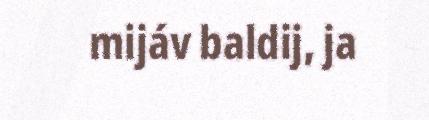
mijáv baldij, ja